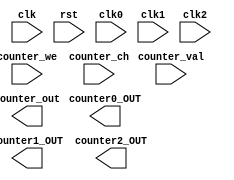
module Counter_x(input clk,
					input rst,
					input clk0,
					input clk1,
					input clk2,
					input counter_we,
					input [31:0] counter_val,
					input [1:0] counter_ch,

					output counter0_OUT,
					output counter1_OUT,
					output counter2_OUT,
					output [31:0] counter_out

					);

endmodule